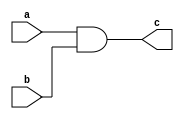
module andg1(a,b,c);
input a,b;
output c;
 
and a1(c,a,b);
endmodule
module andg1tb;
reg a,b;
wire c;
andg1 i(a,b,c);
initial
begin
   a=1'b0;
   b=1'b0;
   $monitor("time:%0t a=%b b=%b c=%b",$time,a,b,c);
   #5 a=1'b0; b=1'b0;
   #5 a=1'b0; b=1'b1;
   #5 a=1'b1; b=1'b0;
   #5 a=1'b1; b=1'b1;
end
endmodule